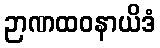
ဉာဏထဝနာယိဒံ